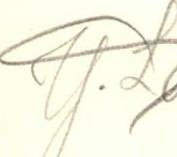
Y.L.